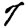
Digit: 7